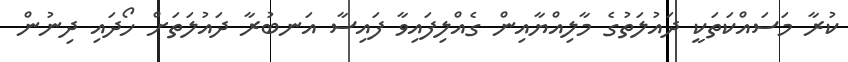
ކުރާ މަސައްކަތަކީ ދައުލަތުގެ މާލިއްޔާއިން ގެއްލިފައިވާ ފައިސާ އަނބުރާ ދައުލަތަށް ހޯދައި ދިނުން